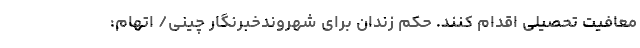
معافیت تحصیلی اقدام کنند. حکم زندان برای شهروندخبرنگار چینی/ اتهام: